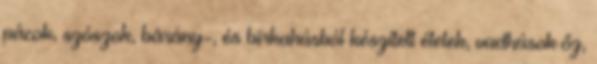
pácok, szószok, bárány-, és birkahúsból készített ételek, vadhúsok őz,